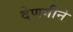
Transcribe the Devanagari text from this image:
देणगीने